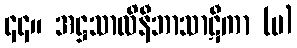
၄၄။ အဋ္ဌသာလိနီဘာသာဋီကာ (ပ)